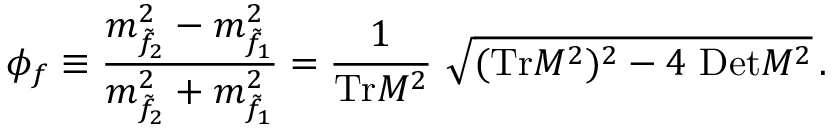
\phi _ { f } \equiv \frac { m _ { \tilde { f } _ { 2 } } ^ { 2 } - m _ { \tilde { f } _ { 1 } } ^ { 2 } } { m _ { \tilde { f } _ { 2 } } ^ { 2 } + m _ { \tilde { f } _ { 1 } } ^ { 2 } } = { \frac { 1 } { \mathrm { T r } { \cal M } ^ { 2 } } } ~ \sqrt { ( \mathrm { T r } { \cal M } ^ { 2 } ) ^ { 2 } - 4 ~ \mathrm { D e t } { \cal M } ^ { 2 } } \, .